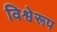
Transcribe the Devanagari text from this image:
विश्वेरूप